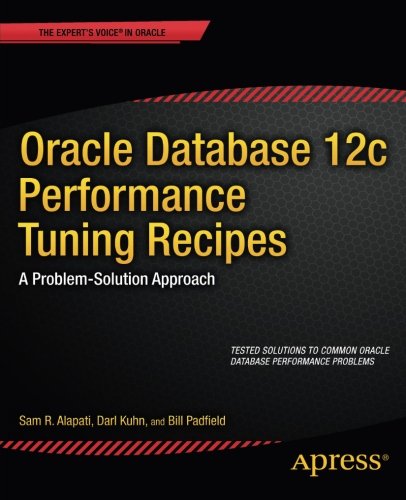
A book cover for Oracle Database 12c Performance Tuning Recipes: A Problem-Solution Approach (Expert's Voice in Oracle); Sam Alapati; Computers & Technology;